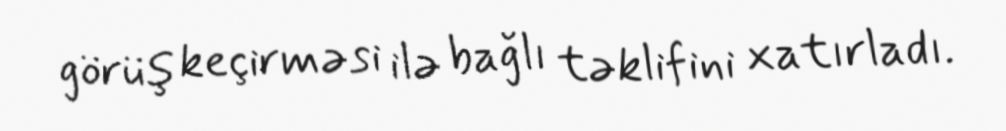
görüş keçirməsi ilə bağlı təklifini xatırladı.